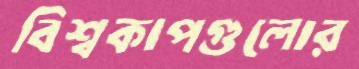
বিশ্বকাপগুলোর